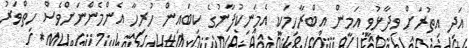
އަދި އިތުރަށް ވިދާޅުވީ އަމީން އިބްރާހިމަކީ އެމަނިކުފާނުގެ ކިބައިން ހުރިހާ އެންމެންނަށްވެސް ހިތްވަރު